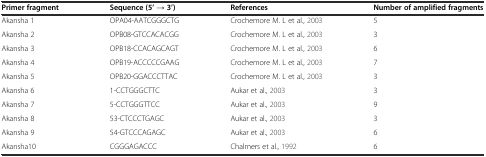
<table><thead><tr><td><b>Primer fragment</b></td><td><b>Sequence (5’ → 3’)</b></td><td><b>References</b></td><td><b>Number of amplified fragments</b></td></tr></thead><tbody><tr><td>Akansha 1</td><td>OPA04-AATCGGGCTG</td><td>Crochemore M. L et al.,2003</td><td>5</td></tr><tr><td>Akansha 2</td><td>OPB08-GTCCACACGG</td><td>Crochemore M. L et al.,2003</td><td>3</td></tr><tr><td>Akansha 3</td><td>OPB18-CCACAGCAGT</td><td>Crochemore M. L et al.,2003</td><td>6</td></tr><tr><td>Akansha 4</td><td>OPB19-ACCCCCGAAG</td><td>Crochemore M. L et al.,2003</td><td>7</td></tr><tr><td>Akansha 5</td><td>OPB20-GGACCCTTAC</td><td>Crochemore M. L et al.,2003</td><td>3</td></tr><tr><td>Akansha 6</td><td>1-CCTGGGCTTC</td><td>Aukar et al.,2003</td><td>3</td></tr><tr><td>Akansha 7</td><td>5-CCTGGGTTCC</td><td>Aukar et al.,2003</td><td>9</td></tr><tr><td>Akansha 8</td><td>53-CTCCCTGAGC</td><td>Aukar et al.,2003</td><td>3</td></tr><tr><td>Akansha 9</td><td>54-GTCCCAGAGC</td><td>Aukar et al.,2003</td><td>6</td></tr><tr><td>Akansha10</td><td>CGGGAGACCC</td><td>Chalmers et al.,1992</td><td>6</td></tr></tbody></table>